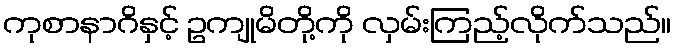
ကုစာနာဂိနှင့် ဥကျုမိတို့ကို လှမ်းကြည့်လိုက်သည်။